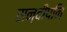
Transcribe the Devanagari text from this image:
सन्दीपनि